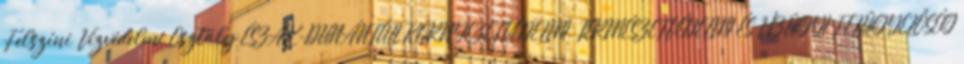
Felszíni Vízvédelmi Osztály ÉSZAK-DUNÁNTÚLI KÖRNYEZETVÉDELMI, TERMÉSZETVÉDELMI ÉS VÍZÜGYI FELÜGYELŐSÉG